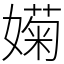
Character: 𡡣